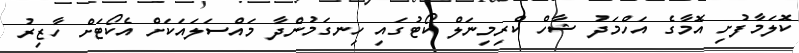
ކޮލަމާފުށި އޮމާގެ އަހްމަދު ޝާހް ކްރިމިނަލް ކޯޓުގައި ހިނގަމުންދާ މައްސަލައަކަށް އެކޯޓަށް ހާޒިރު